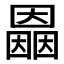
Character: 𡈲